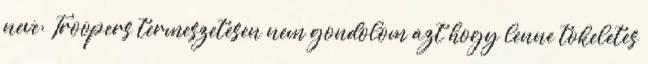
neve: Troopers termeszetesen nem gondolom azt hogy lenne tokeletes